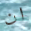
ان